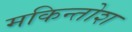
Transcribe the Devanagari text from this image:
मकिन्तोश